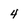
Character: 4